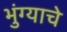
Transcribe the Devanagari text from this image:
भुंग्याचे